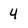
Character: 4